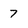
Character: 7